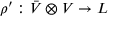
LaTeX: \rho ^ { \prime } : { \bar { V } } \otimes V \rightarrow L